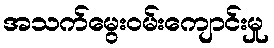
အသက်မွေးဝမ်းကျောင်းမှု